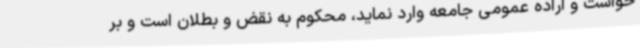
خواست و اراده عمومی جامعه وارد نماید، محکوم به نقض و بطلان است و بر